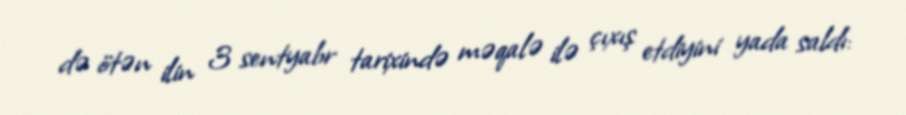
də ötən ilin 3 sentyabr tarixində məqalə ilə çıxış etdiyini yada saldı: